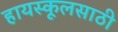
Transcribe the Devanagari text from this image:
हायस्कूलसाठी